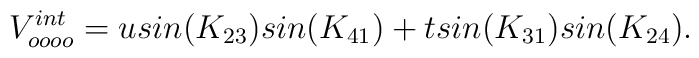
V^{int}_{oooo} = u sin(K_{23}) sin(K_{41}) + t sin(K_{31})sin(K_{24}).